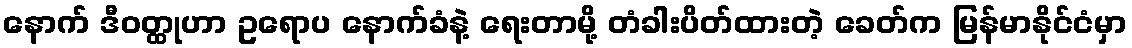
နောက် ဒီဝတ္ထုဟာ ဥရောပ နောက်ခံနဲ့ ရေးတာမို့ တံခါးပိတ်ထားတဲ့ ခေတ်က မြန်မာနိုင်ငံမှာ